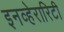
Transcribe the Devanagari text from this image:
इनव्हेरारिटी